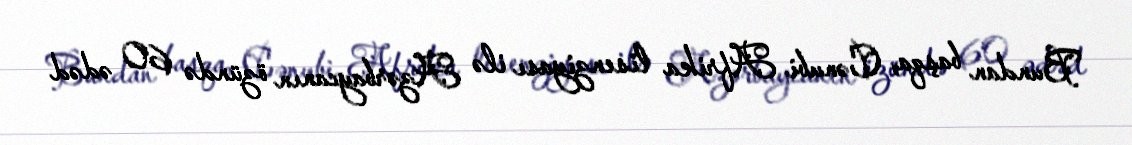
Bundan başqa, Cənubi Afrika lisenziyası ilə Azərbaycanın özündə 60 ədəd